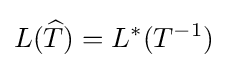
L({\widehat {T}})=L^{*}(T^{-1})